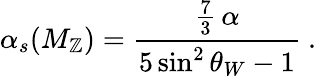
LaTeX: \alpha_{s}(M_{\mathbb{Z}})={\frac{{{\frac{{7}}{{3}}}\, \alpha}}{{5\sin^{2}\theta_{W}-1}}}\ .